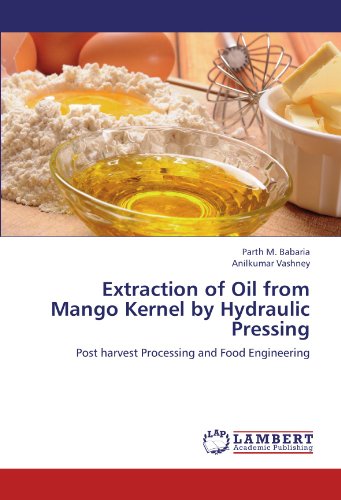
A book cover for Extraction of Oil from Mango Kernel  by Hydraulic Pressing: Post harvest Processing and Food Engineering; Parth M. Babaria; Teen & Young Adult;